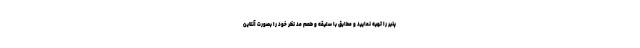
پنیر را تهیه نمایید و مطابق با سلیقه و طعم مد نظر خود را بصورت آنلاین